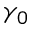
\gamma _ { 0 }